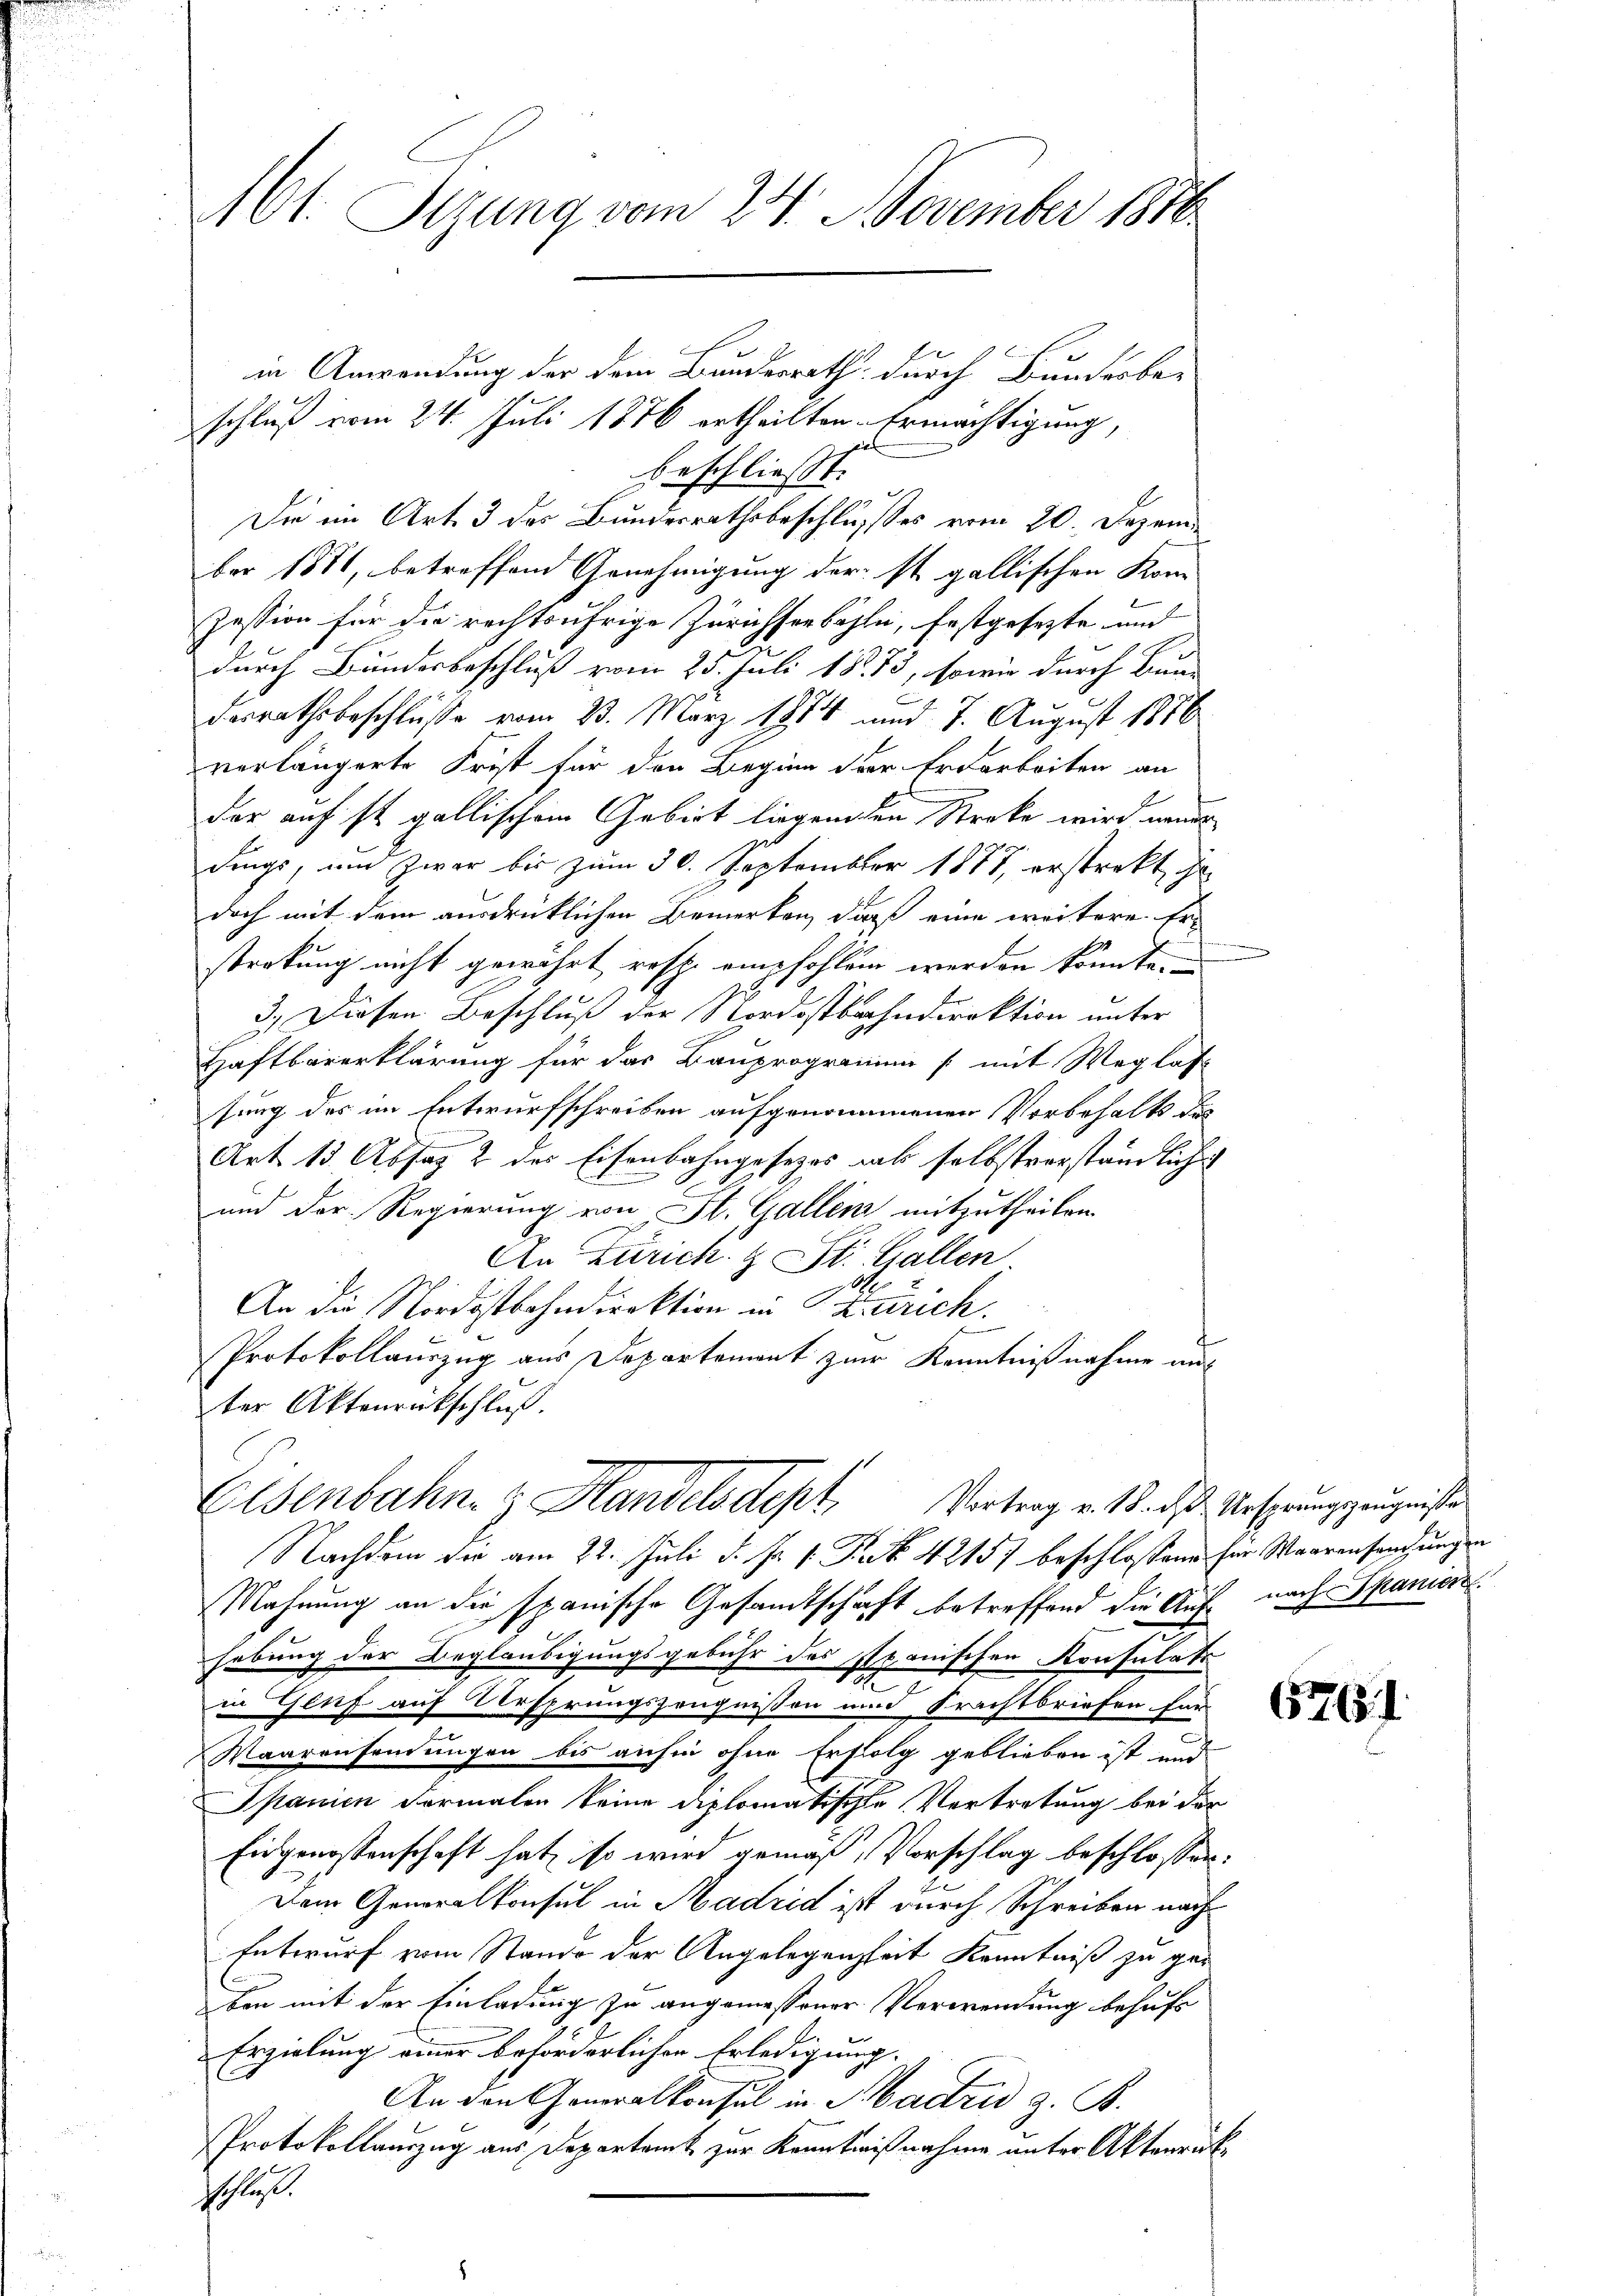
161. Sitzung vom 24. November 1816.

in Anwendung der dem Bundesrath durch Bundesbe-
schluß vom 24. Juli 1876 ertheilten. Ermächtigung,
beschließt:
Die ein Art. 3 des Bundesrathsbeschlusses vom 20. Dezember 1881, betreffend Genehmigung der st. gallischen Kom-
Zession für die rechtsufrige Zürichseebahln, Erstgesezte und
durch Bundesbeschluß vom 25. Juli 1873, sowie durch Bun-
Dorrathsbeschlüße vom 23. März 1874 und 7. August 1886
verlängerte Frist für den Beginn der Erdarbeiten an
der auf ist gallischem Gebirt liegenden Streke wird neuer
dings, und zwar bis zum 30. September 1887, erstrekt gedoch mit dem ausdrücklichen Bemerken, daß eine weitere Erstratung nicht gewährt resp. empfohlen werden könnte.
3.) Diesen Beschluß der Nordostbahndirektion unter
Haftbarerklärung für das Bauprogramen (mit Weglass
sung des im Entwurfschreiben aufgenommenen Vorbehalt der
Art. 13. Absag 2 des Eisenbahngesetzes ab selbstverständliche
und der Regierung von St. Gallen mitzutheilen.
An Zürich 4 St. Gallen
1
An die Nordostbahndirektion in Zürich.
Protokollauszug aus Departement zur Kenntnißnahme aus
ter Aktenrückschluß.
Elsenbahn. Handelsdept, Vertrag v. 15. des Ursprungszeugnisse
Nachdem die am 22. Juli d. Js. v. Rat 42157 beschlossene her Waarensangungen
Mahnung an die spanische Gesamtschaft betreffend die Auf nach Spaniert
hebung der Beglaubigungsgebühr des Stanischen Konsulats
t
in Genf auf Ursprungszeugnissen und Krachtbriefen für
Waarensendungen bis anhin ohne Erfolg geblieben ist und
Spanien Formalen keine diplomatische Vertretung bei der
Eingenossenschaft hat, so wird gemäß, Vorschlag beschlossen:
Dem Generalkonsul in Madrid ist durch Schreiben nach¬
Entwurf vom Stando der Angelegenheit Kenntniß zu ger
ben mit der Einladung zu angemessener Verwendung behufs
Erzielung einer beförderlichen Erledigung.
An den Generalkonsul in Madrid z. B.
Protokollauszug aus Departamt zur Kenntnißnahme unter Aktenrückschluss.

6761